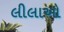
લીલાઓ